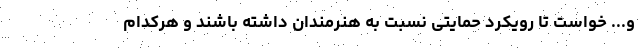
و... خواست تا رویکرد حمایتی نسبت به هنرمندان داشته باشند و هرکدام